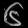
Digit: ၆